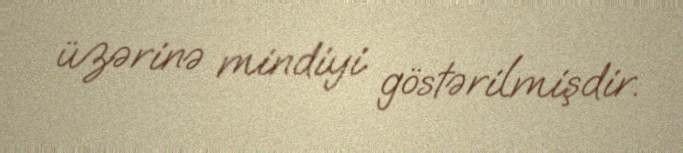
üzərinə mindiyi göstərilmişdir.